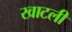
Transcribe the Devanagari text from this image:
खाटली